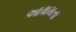
આથમતા